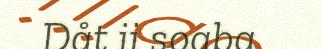
Dåt ii soaba